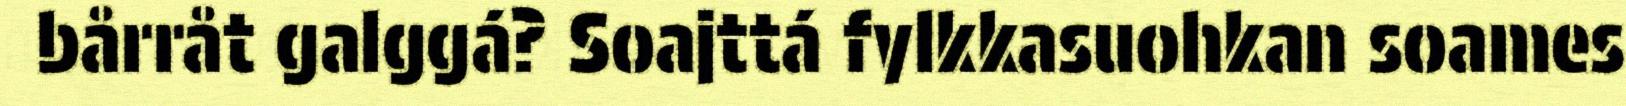
bårråt galggá? Soajttá fylkkasuohkan soames